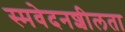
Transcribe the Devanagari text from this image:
स्मवेदनशीलता